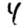
Digit: 4